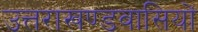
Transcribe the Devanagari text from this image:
उत्तराखण्डवासियों